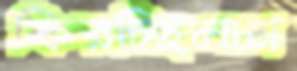
ফিরচ্ছিলাম